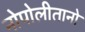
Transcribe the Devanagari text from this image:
नोपोलीतानो